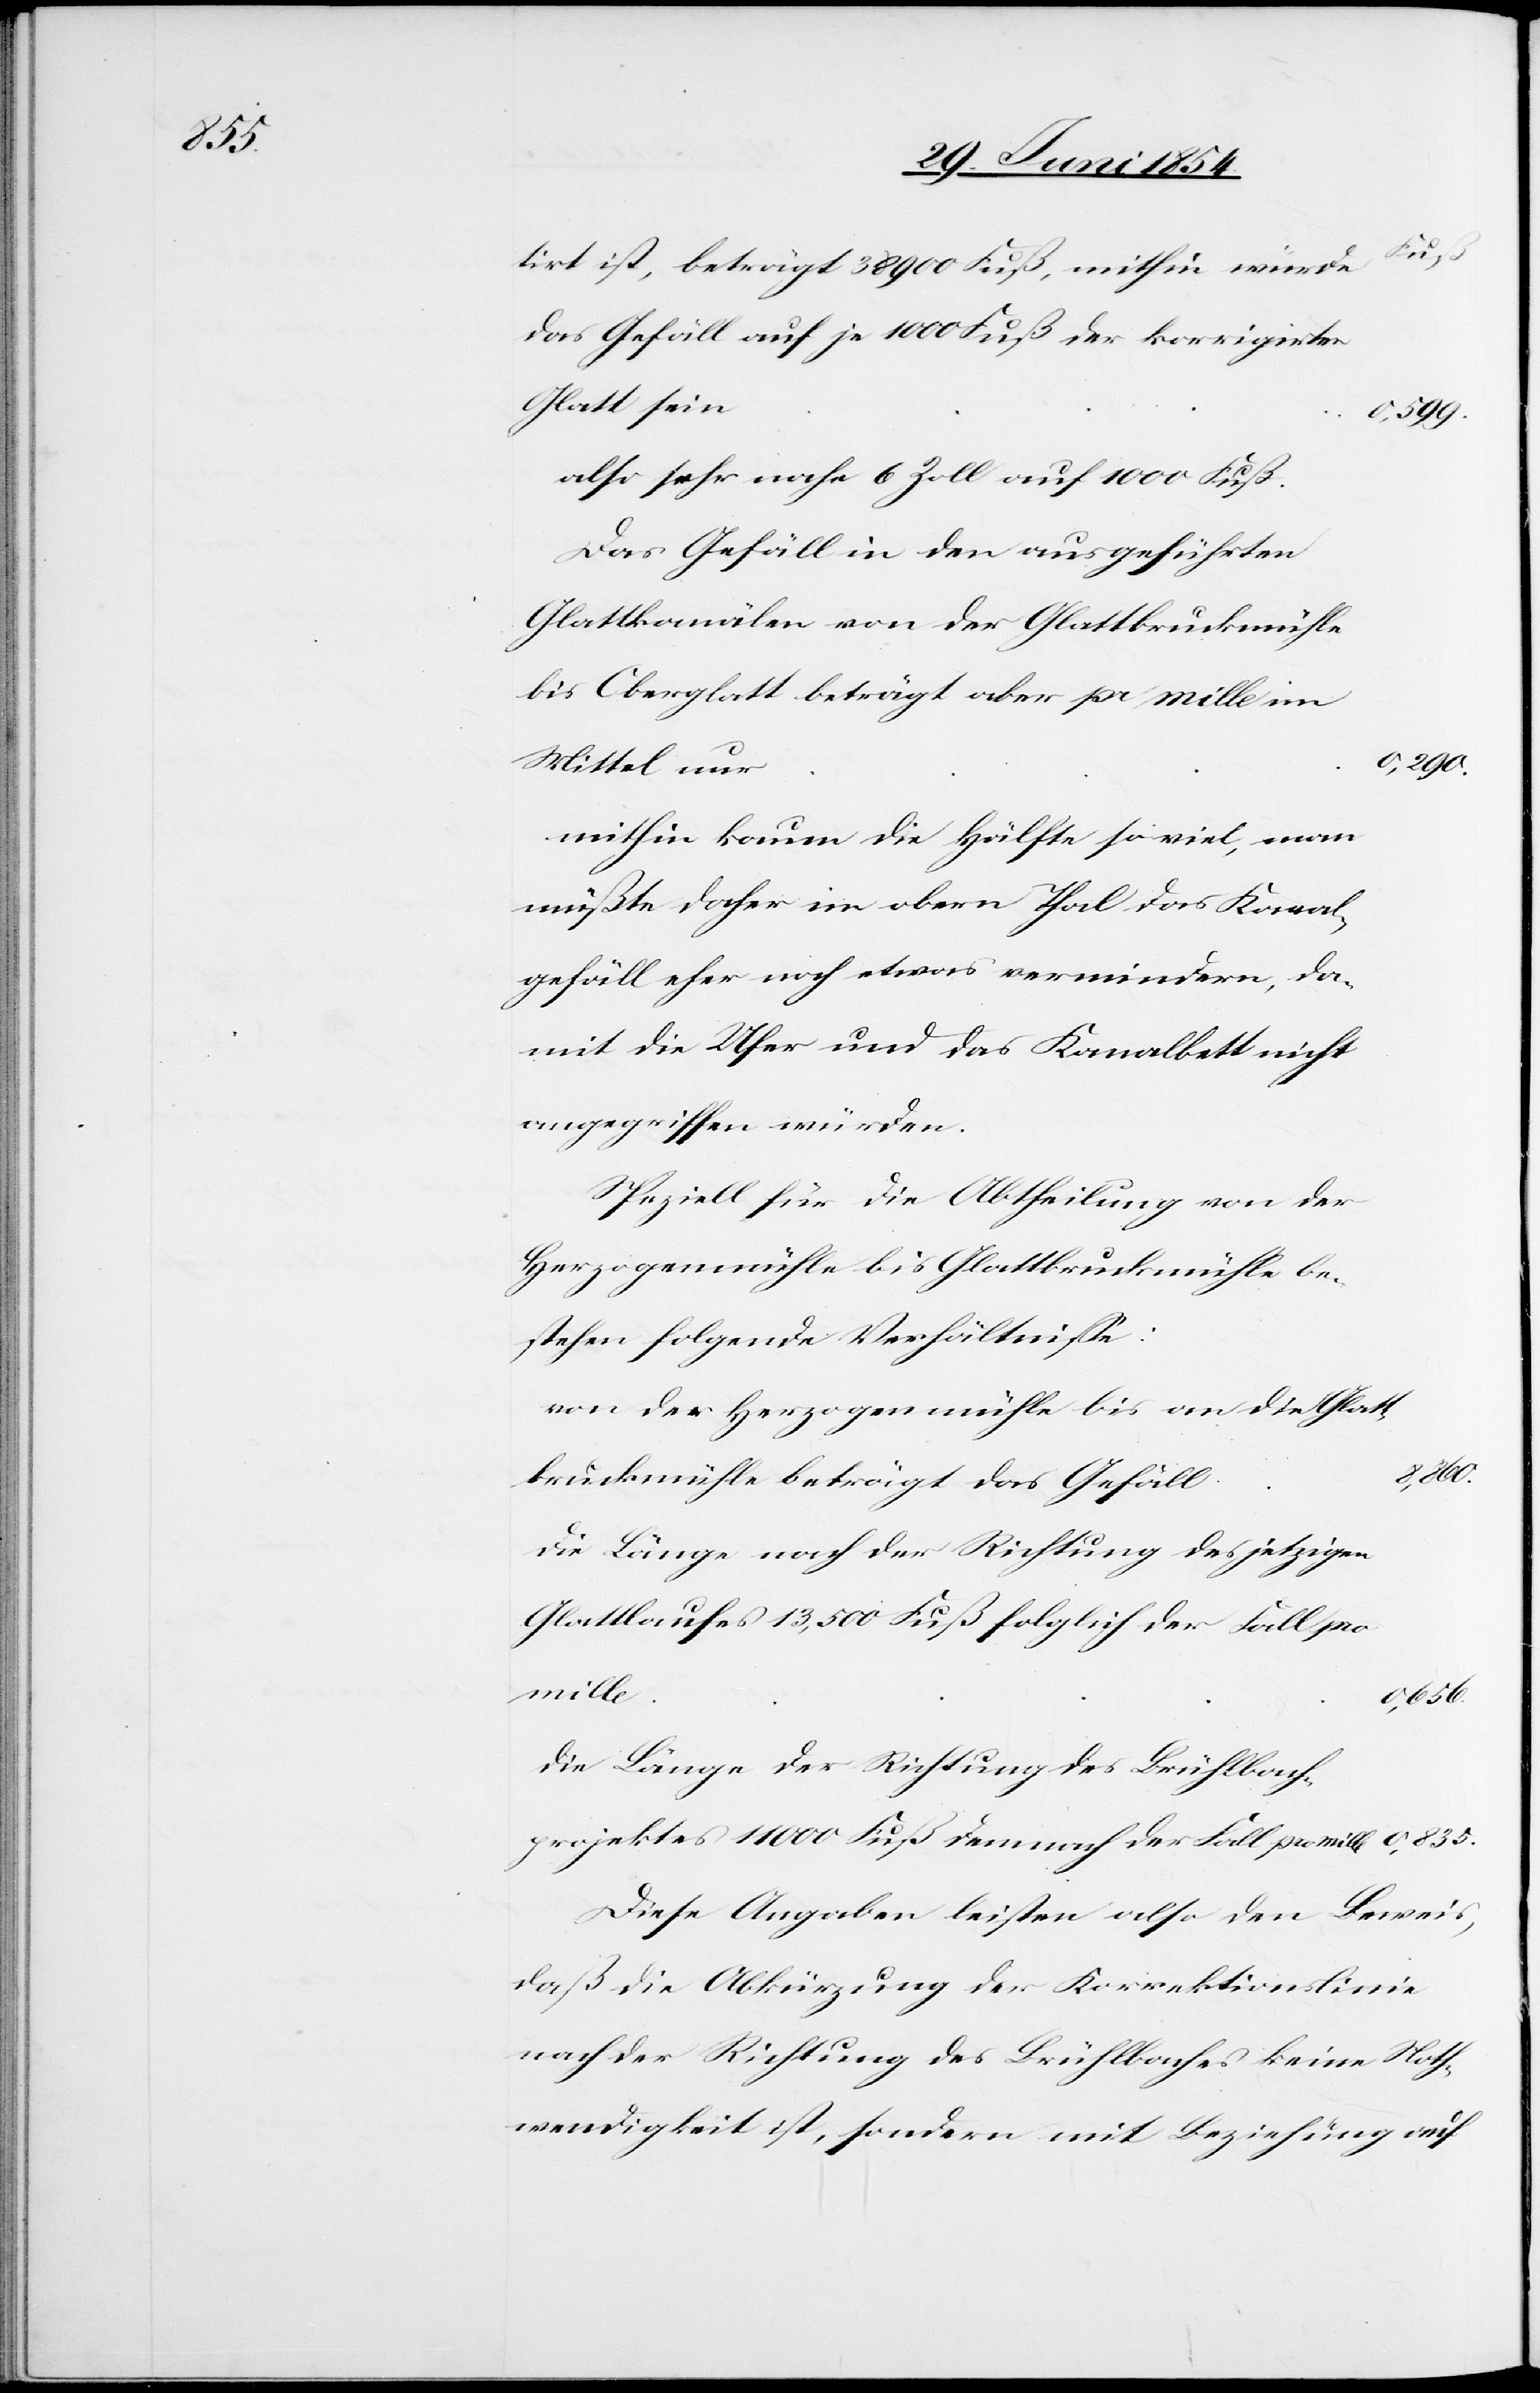
tirt ist, beträgt 38 900 Fuß, mithin würde d¬
as Gefäll auf je 1000 Fuß der korrigirten
Glatt sein
0,599.
also sehr nahe 6 Zoll auf 1000 Fuß.
Das Gefäll in den ausgeführten
Glattkanälen von der Glattbruckmühle
bis Oberglatt beträgt aber pr mille im
Mittel nur
0,290.
mithin kaum die Hälfte so viel, man
müßte daher im obern Thal das Kanal¬
gefäll eher noch etwas vermindern, da¬
mit die Ufer und das Kanalbett nicht
angegriffen würden.
Spezielle für die Abtheilung von der
Herzogenmühle bis Glattbruckmühle be¬
stehen folgende Verhältniße:
von der Herzogenmühle bis an die Glatt¬
bruckmühle beträgt das Gefäll
die Länge nach der Richtung des jetzigen
Glattlaufes 13,500 Fuß folglich der Fall pro
mille
0,835.
die Länge der Richtung des Brühlbach¬
projektes 11 000 Fuß demnach der Fall pro mille
Diese Angaben leisten also den Beweis,
daß die Abkürzung der Korrektionslinie
nach der Richtung des Brühlbaches keine Noth¬
wendigkeit ist, sondern mit Beziehung auf